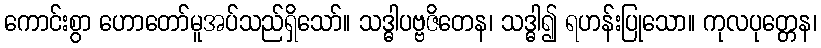
ကောင်းစွာ ဟောတော်မူအပ်သည်ရှိသော်။ သဒ္ဓါပဗ္ဗဇိတေန၊ သဒ္ဓါ၍ ရဟန်းပြုသော။ ကုလပုတ္တေန၊